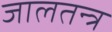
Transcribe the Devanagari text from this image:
जालतन्त्र